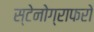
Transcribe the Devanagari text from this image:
स्टेनोग्राफरो